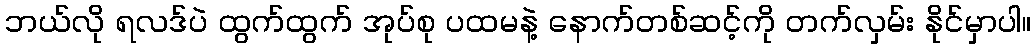
ဘယ်လို ရလဒ်ပဲ ထွက်ထွက် အုပ်စု ပထမနဲ့ နောက်တစ်ဆင့်ကို တက်လှမ်း နိုင်မှာပါ။